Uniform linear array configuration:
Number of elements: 24
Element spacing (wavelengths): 0.5
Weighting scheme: hamming
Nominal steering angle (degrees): -15
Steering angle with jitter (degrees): -15.419
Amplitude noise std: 0.05
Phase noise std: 0.05

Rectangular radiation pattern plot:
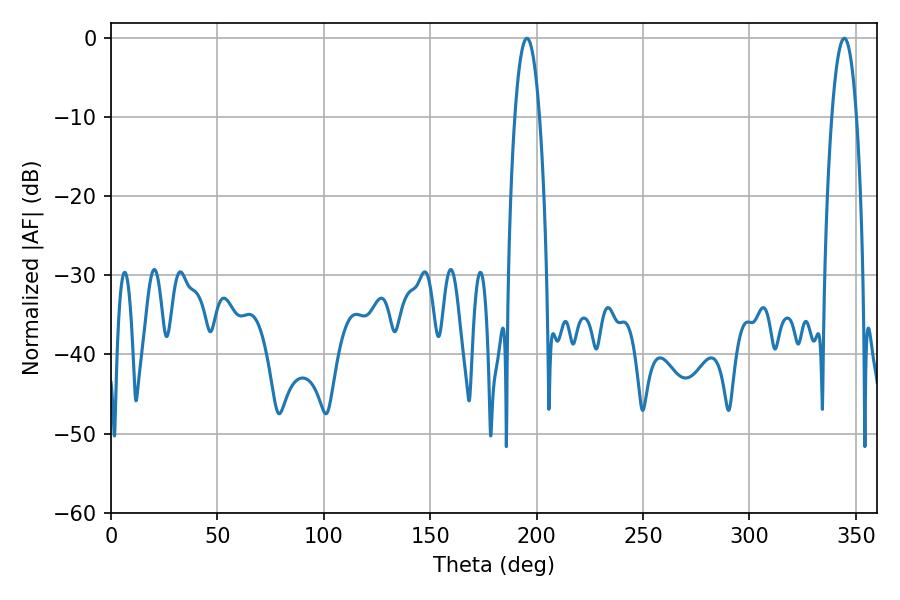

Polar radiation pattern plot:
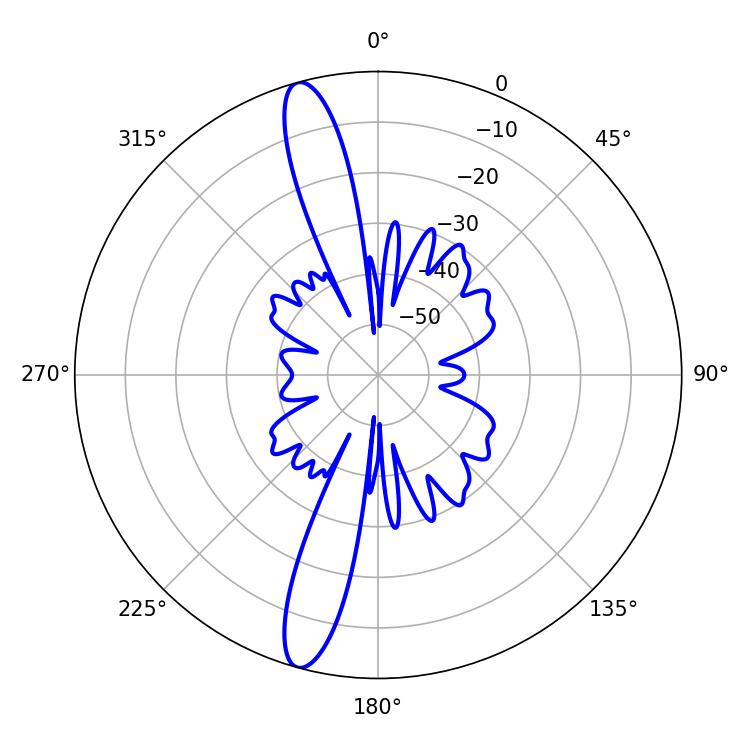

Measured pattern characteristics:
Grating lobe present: FALSE
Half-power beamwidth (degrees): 6.48
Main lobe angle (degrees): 195.48